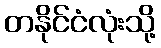
တနိုင်ငံလုံးသို့